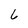
Character: 6